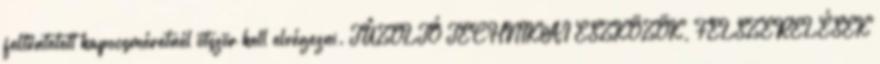
feltüntetett kapocsméretnél ötször kell elvégezni. TÛZOLTÓ TECHNIKAI ESZKÖZÖK, FELSZERELÉSEK